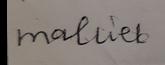
Signature authenticity: forged